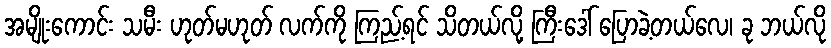
အမျိုးကောင်း သမီး ဟုတ်မဟုတ် လက်ကို ကြည့်ရင် သိတယ်လို့ ကြီးဒေါ် ပြောခဲ့တယ်လေ၊ ခု ဘယ်လို